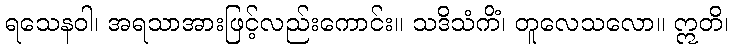
ရသေနဝါ၊ အရသာအားဖြင့်လည်းကောင်း။ သဒိသံကိံ၊ တူလေသလော။ ဣတိ၊